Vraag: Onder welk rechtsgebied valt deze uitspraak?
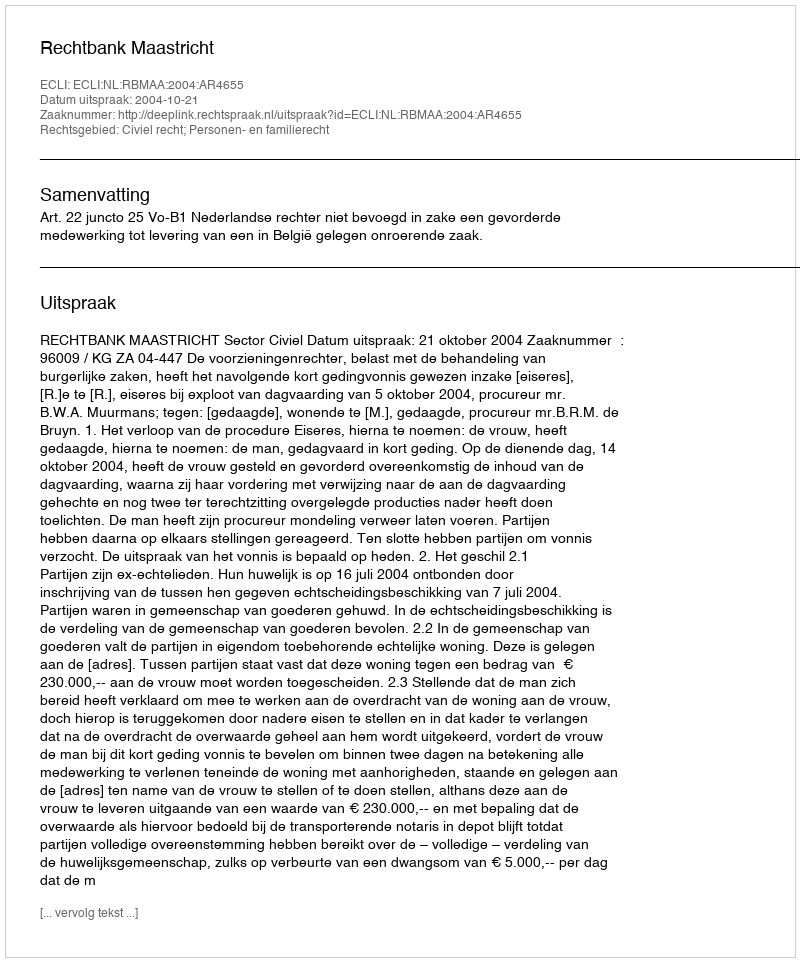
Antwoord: Civiel recht; Personen- en familierecht